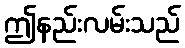
ဤနည်းလမ်းသည်